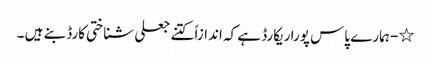
٭- ہمارے پاس پورا ریکارڈ ہے کہ اندازاً کتنے جعلی شناختی کارڈ بنے ہیں ۔